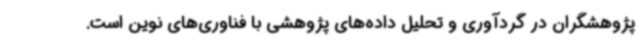
پژوهشگران در گردآوری و تحلیل داده‌های پژوهشی با فناوری‌های نوین است.